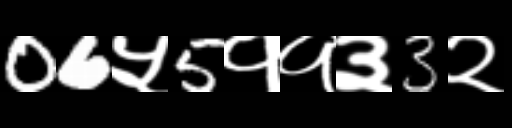
Text: 06५5११३3२